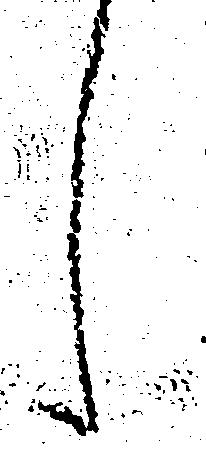
し